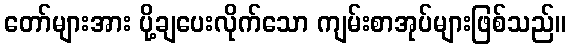
တော်များအား ပို့ချပေးလိုက်သော ကျမ်းစာအုပ်များဖြစ်သည်။